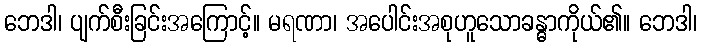
ဘေဒါ၊ ပျက်စီးခြင်းအကြောင့်။ မရဏာ၊ အပေါင်းအစုဟူသောခန္ဓာကိုယ်၏။ ဘေဒါ၊